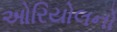
ઓરિયોલનો